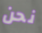
نحن